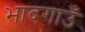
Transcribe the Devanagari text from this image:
भादगाउँ